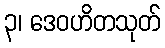
၃၊ ဒေဝဟိတသုတ်